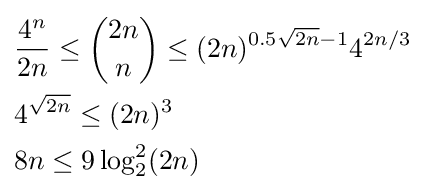
{\begin{aligned}&{\frac {4^{n}}{2n}}\leq {\binom {2n}{n}}\leq (2n)^{0.5{\sqrt {2n}}-1}4^{2n/3}\\&4^{\sqrt {2n}}\leq (2n)^{3}\\&8n\leq 9\log _{2}^{2}(2n)\end{aligned}}